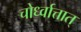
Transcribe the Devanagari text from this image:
चोर्ध्वात्तात्